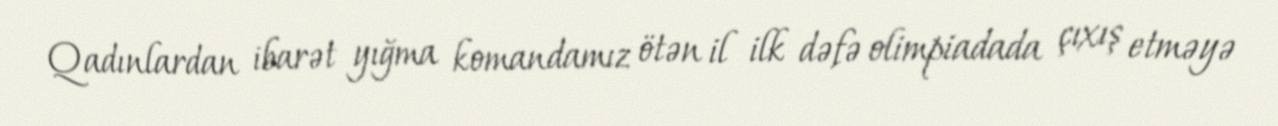
Qadınlardan ibarət yığma komandamız ötən il ilk dəfə olimpiadada çıxış etməyə